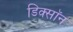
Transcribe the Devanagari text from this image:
डिक्साॅन